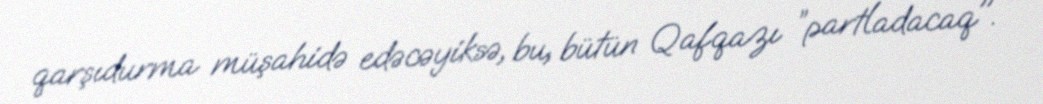
qarşıdurma müşahidə edəcəyiksə, bu, bütün Qafqazı ”partladacaq".